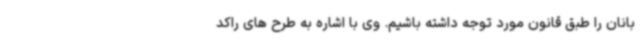
بانان را طبق قانون مورد توجه داشته باشیم. وی با اشاره به طرح های راکد